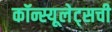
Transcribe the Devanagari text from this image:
कॉन्स्यूलेट्सची